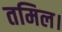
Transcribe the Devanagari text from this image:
तमिल।